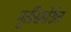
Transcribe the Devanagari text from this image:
मूर्तीसमोरील